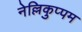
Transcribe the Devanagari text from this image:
नेल्लिकुप्पम